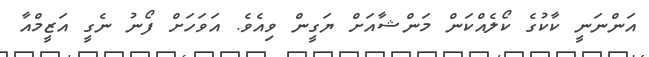
އަންނަނީ ކާކުގެ ކޯލެއްކަން މަންޝާއަށް ޔަގީން ވިއެވެ. އަވަހަށް ފޯނު ނެގީ އަޒީމްއާ